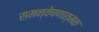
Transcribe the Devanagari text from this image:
समन्वेषणात्मक